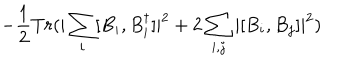
LaTeX: - \frac { 1 } { 2 } T r ( | \sum _ { i } [ B _ { i } , B _ { i } ^ { \dagger } ] | ^ { 2 } + 2 \sum _ { i , j } | [ B _ { i } , B _ { j } ] | ^ { 2 } )